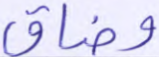
وضاق